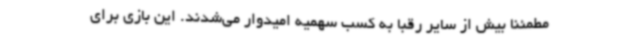
مطمئنا بیش از سایر رقبا به کسب سهمیه امیدوار می‌شدند. این بازی برای